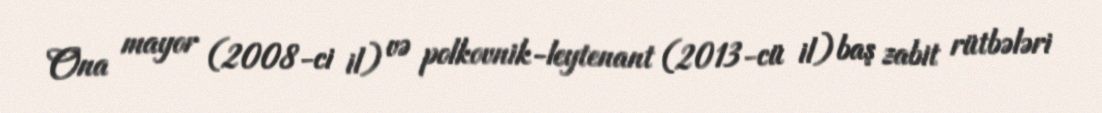
Ona mayor (2008-ci il) və polkovnik-leytenant (2013-cü il) baş zabit rütbələri